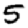
Digit: 5